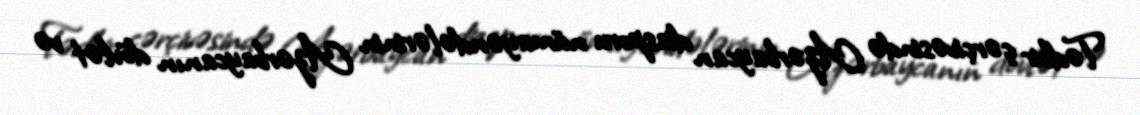
Tədbir çərçivəsində Azərbaycan diasporu nümayəndələrinin Azərbaycanın dövlət və